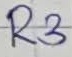
Text: R3